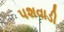
પશવાડી